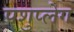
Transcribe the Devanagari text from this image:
पशुप्लेग